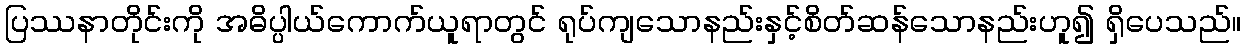
ပြဿနာတိုင်းကို အဓိပ္ပါယ်ကောက်ယူရာတွင် ရုပ်ကျသောနည်းနှင့်စိတ်ဆန်သောနည်းဟူ၍ ရှိပေသည်။